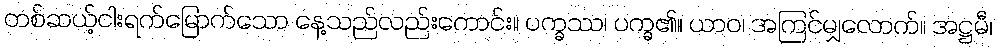
တစ်ဆယ့်ငါးရက်မြောက်သော နေ့သည်လည်းကောင်း။ ပက္ခဿ၊ ပက္ခ၏။ ယာဝ၊ အကြင်မျှလောက်။ အဋ္ဌမီ၊